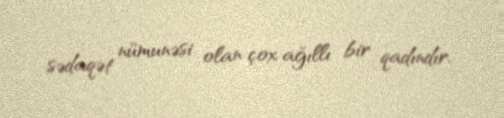
sədaqət nümunəsi olan çox ağıllı bir qadındır.